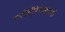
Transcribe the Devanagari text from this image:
गरीबीरेषेखाली